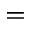
=